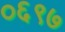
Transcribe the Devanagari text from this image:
०६९७